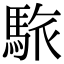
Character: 䮉